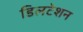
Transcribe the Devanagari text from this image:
डिलटेशन